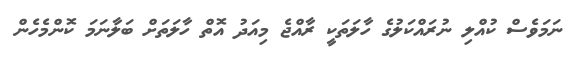
ނަމަވެސް ކުއްލި ނުރައްކަލުގެ ހާލަތަކީ ރާއްޖެ މިއަދު އޮތް ހާލަތަށް ބަލާނަމަ ކޮންމެހެން